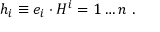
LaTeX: h _ { i } \equiv e _ { i } \cdot H \sp i = 1 \ldots n \ .